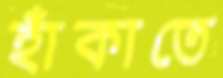
হাঁকাতে